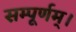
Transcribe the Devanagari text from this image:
सम्पूर्णम्।